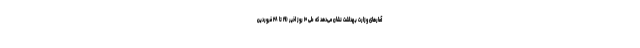
آمارهای وزارت بهداشت نشان می‌دهد که طی ۱۰ روز اخیر (۱۹ تا ۲۸ فروردین